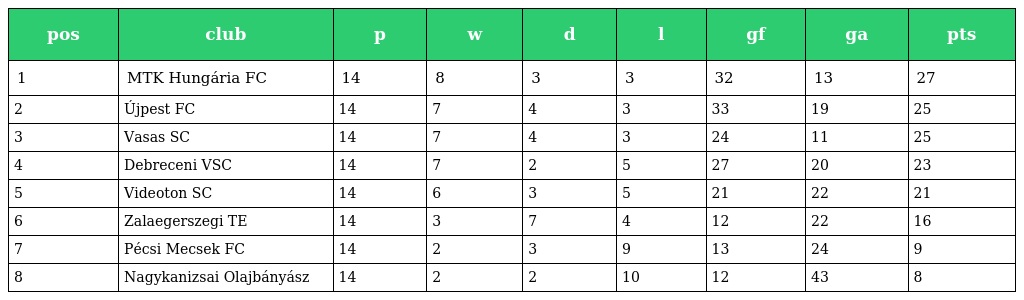
| pos | club | p | w | d | l | gf | ga | pts |
 | --- | --- | --- | --- | --- | --- | --- | --- | --- |
 | 1 | MTK Hungária FC | 14 | 8 | 3 | 3 | 32 | 13 | 27 |
 | 2 | Újpest FC | 14 | 7 | 4 | 3 | 33 | 19 | 25 |
 | 3 | Vasas SC | 14 | 7 | 4 | 3 | 24 | 11 | 25 |
 | 4 | Debreceni VSC | 14 | 7 | 2 | 5 | 27 | 20 | 23 |
 | 5 | Videoton SC | 14 | 6 | 3 | 5 | 21 | 22 | 21 |
 | 6 | Zalaegerszegi TE | 14 | 3 | 7 | 4 | 12 | 22 | 16 |
 | 7 | Pécsi Mecsek FC | 14 | 2 | 3 | 9 | 13 | 24 | 9 |
 | 8 | Nagykanizsai Olajbányász | 14 | 2 | 2 | 10 | 12 | 43 | 8 |